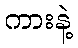
ကားနဲ့